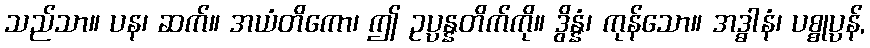
သည်သာ။ ပန၊ ဆက်။ အယံတိကော၊ ဤ ဥပ္ပန္နတိက်ကို။ ဒွိန္နံ၊ ကုန်သော။ အဒ္ဓါနံ၊ ပစ္စုပ္ပန်,